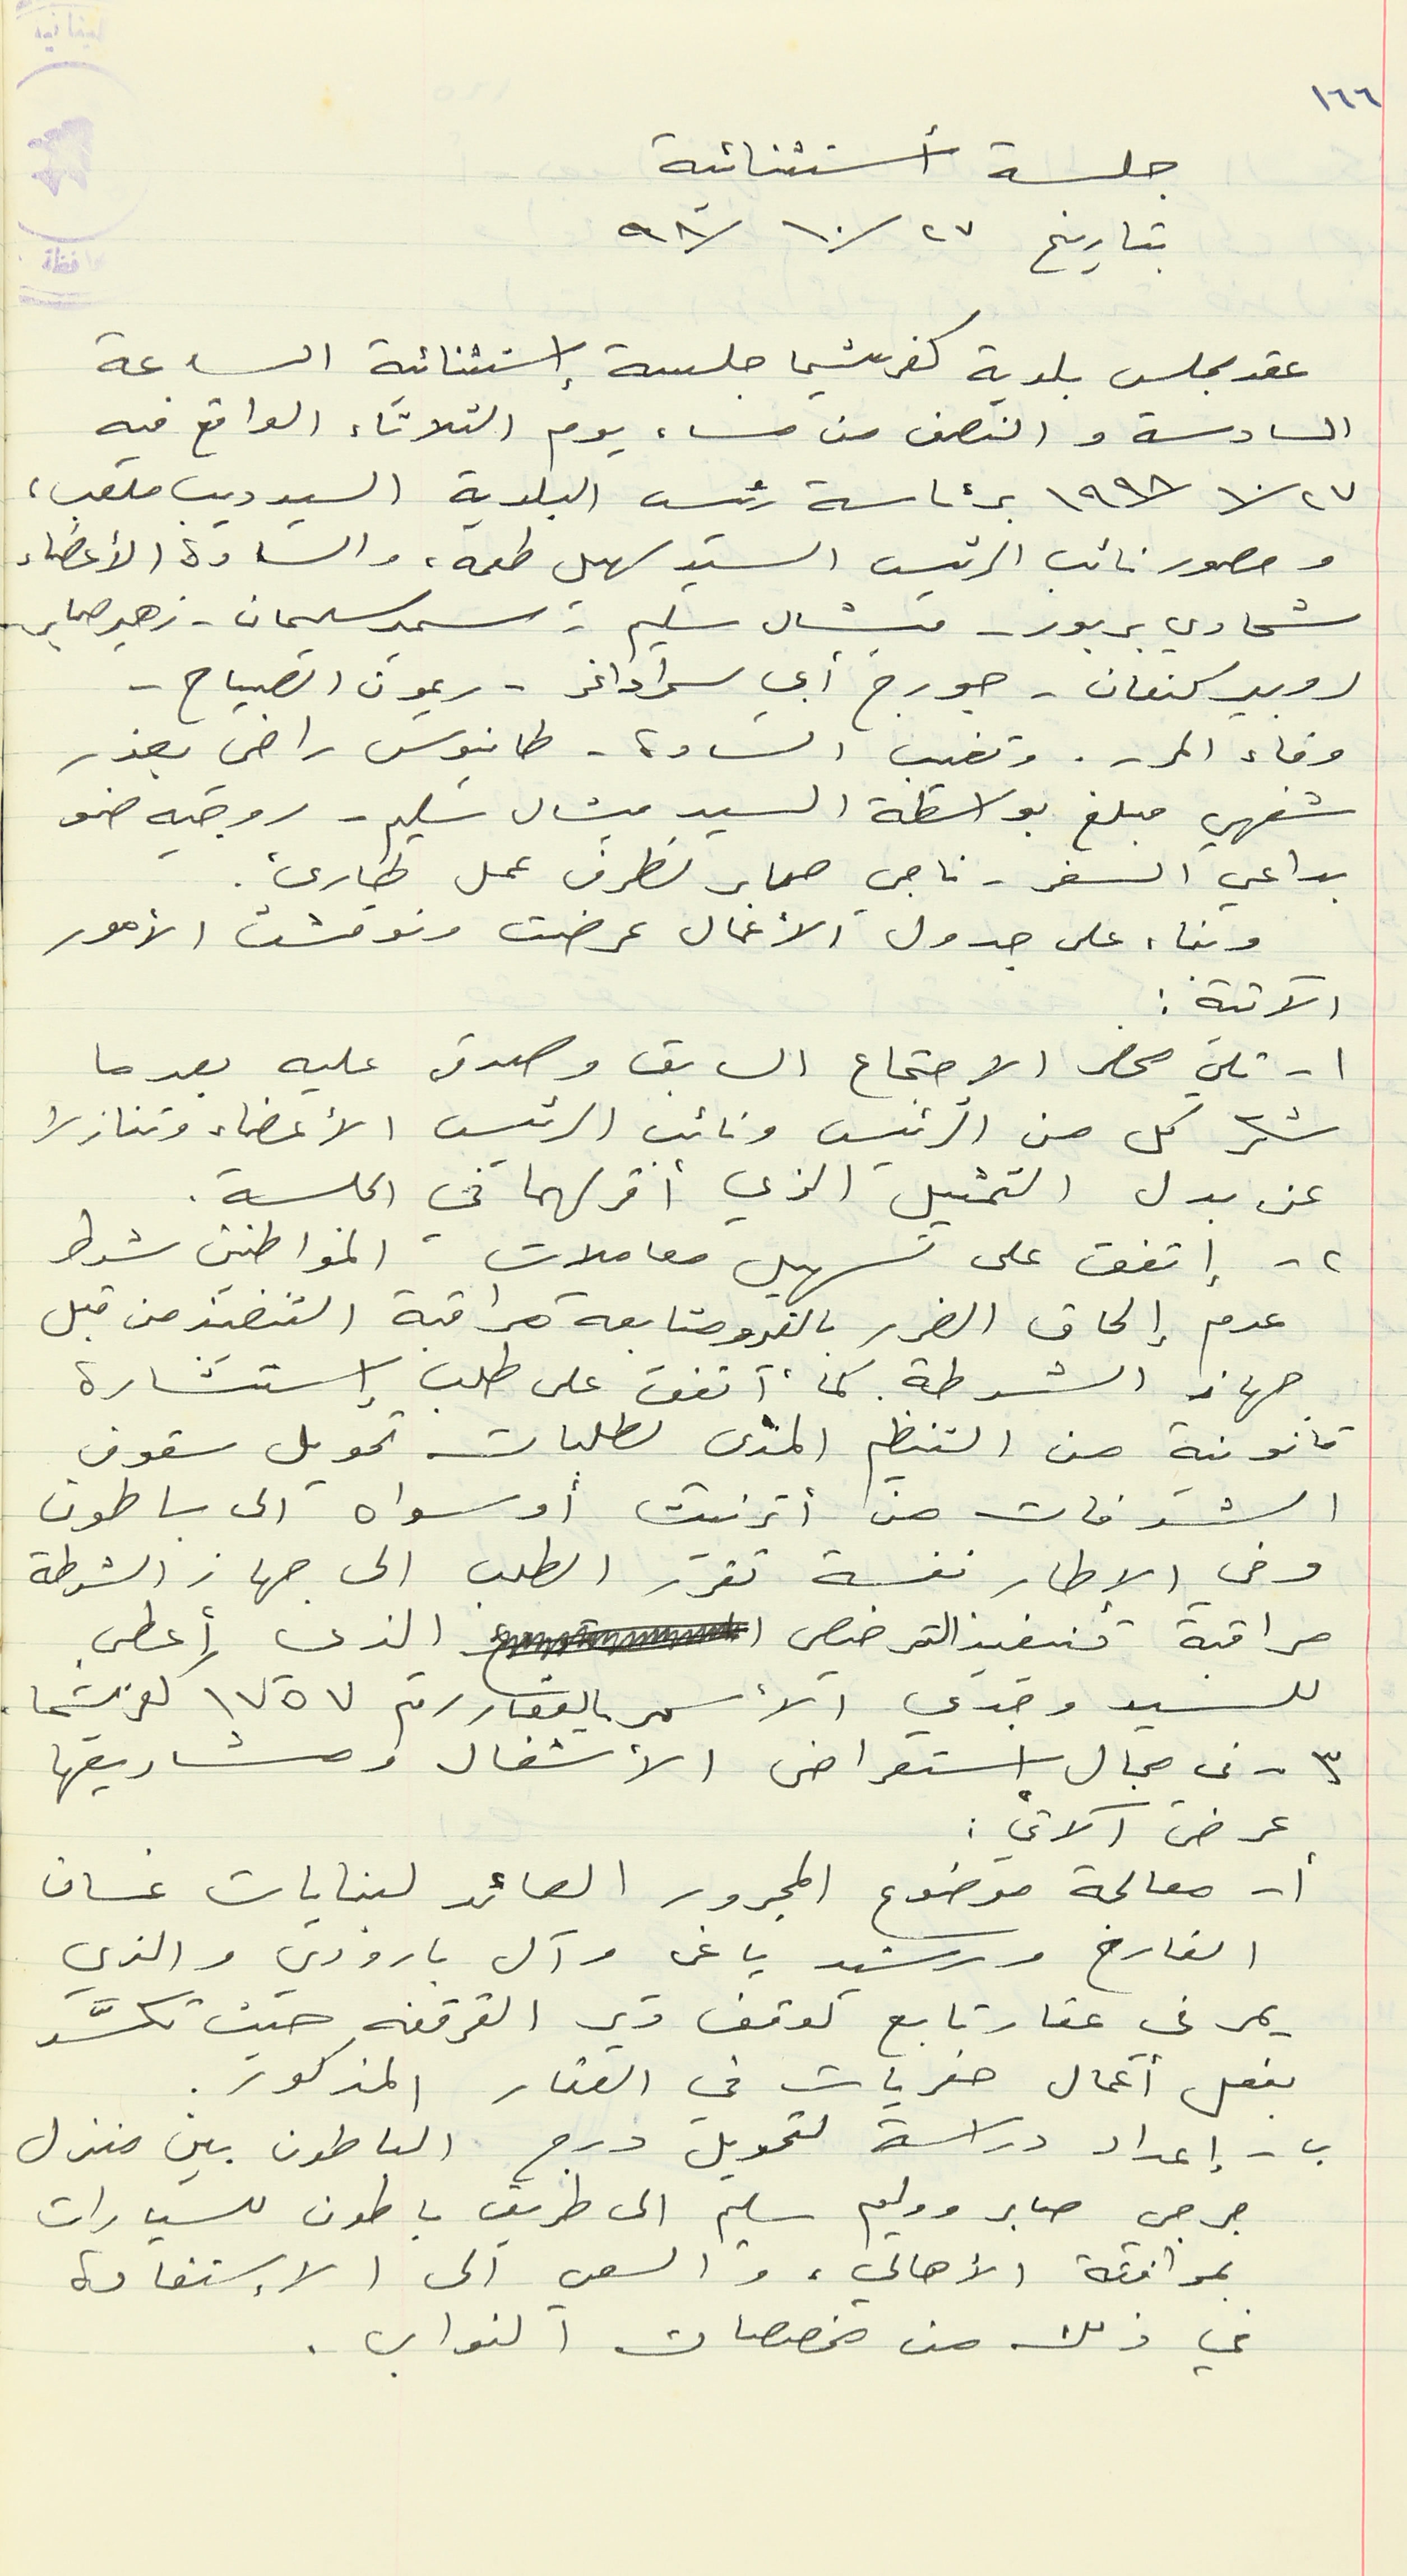
جلسة أستثنائية
بتاريخ ٩٨/١٠/٢٧
عقد مجلس بلدية كفرشيما جلسة إستثنائية الساعة
السادسة والنصف من مساء يوم الثلاثاء الواقع فيه
١٩٩٨/١٠/٢٧ برئاسة رئيس البلدية السيد ديب ملعب،
وحصور نائب الرئيس السيد سهيل طعمه، والسادة الأعضاء
شحادي بربور - ميشال سليم - سمير سليمان - زهير صابر
روبير كنعان - جورج أبي سمرا داغر - ريمون الصياح -

وفاء المر -. وتغيب السادة- طانيوس راضي بعذر
شفهي مبلغ بواسطة السيد ميشال سليم - روجيه ضو
بداعي السفر - ناجي صابر لظرف عمل طارئ.

وبناء على جدول الأعمال عرضت ونوقشت الأمور
الآتية :
١ - تلي محضر الاجتماع السابق وصدق عليه بعدما
شكر كل من الرئيس ونائب الرئيس الأعضاء وتنازلا
عن بدل التمثيل الذي أقر لهما في الجلسة.
٢ - إتفق على تسهيل معاملات المواطنين شرط
عدم إلحاق الضرر بالغير ومتابعة مراقبة التنفيذ من قبل
جهاز الشرطة. كما أتفق على طلب إستشارة
قانونية من التنظيم المدني لطلبات تحويل سقوف
الشرفات من أترنيت أو سواه الى باطون
وفي الإطار نفسة تقرر الطلب الى جهاز الشرطة
مراقبة تنيفيذ الترخيص الذي أعطى
للسيد وجدي الأسمر العقار رقم ١٧٥٧ كفرشيما.
٣ - في مجال إستعراض الأشغال ومشاريعها
عرض آلاتي :
أ - معالجة موضوع المجرور العائد لبنايات غسان
القارح ورشيد ياغي وآل بارودي والذي
يمر في عقار تابع لوقف دير القرقفه حيث تكسَّر
بفعل أعمال حفريات في العقار المذكور.
ب - إعداد دراسة لتمويل درج الباطون بين منزل
جرجي صابر ووليم سليم الى طريق باطون للسيارات
بموافقة الأهالي، والسعي الى الإستفادة
في ذلك من مخصصات النواب .
١٦٦